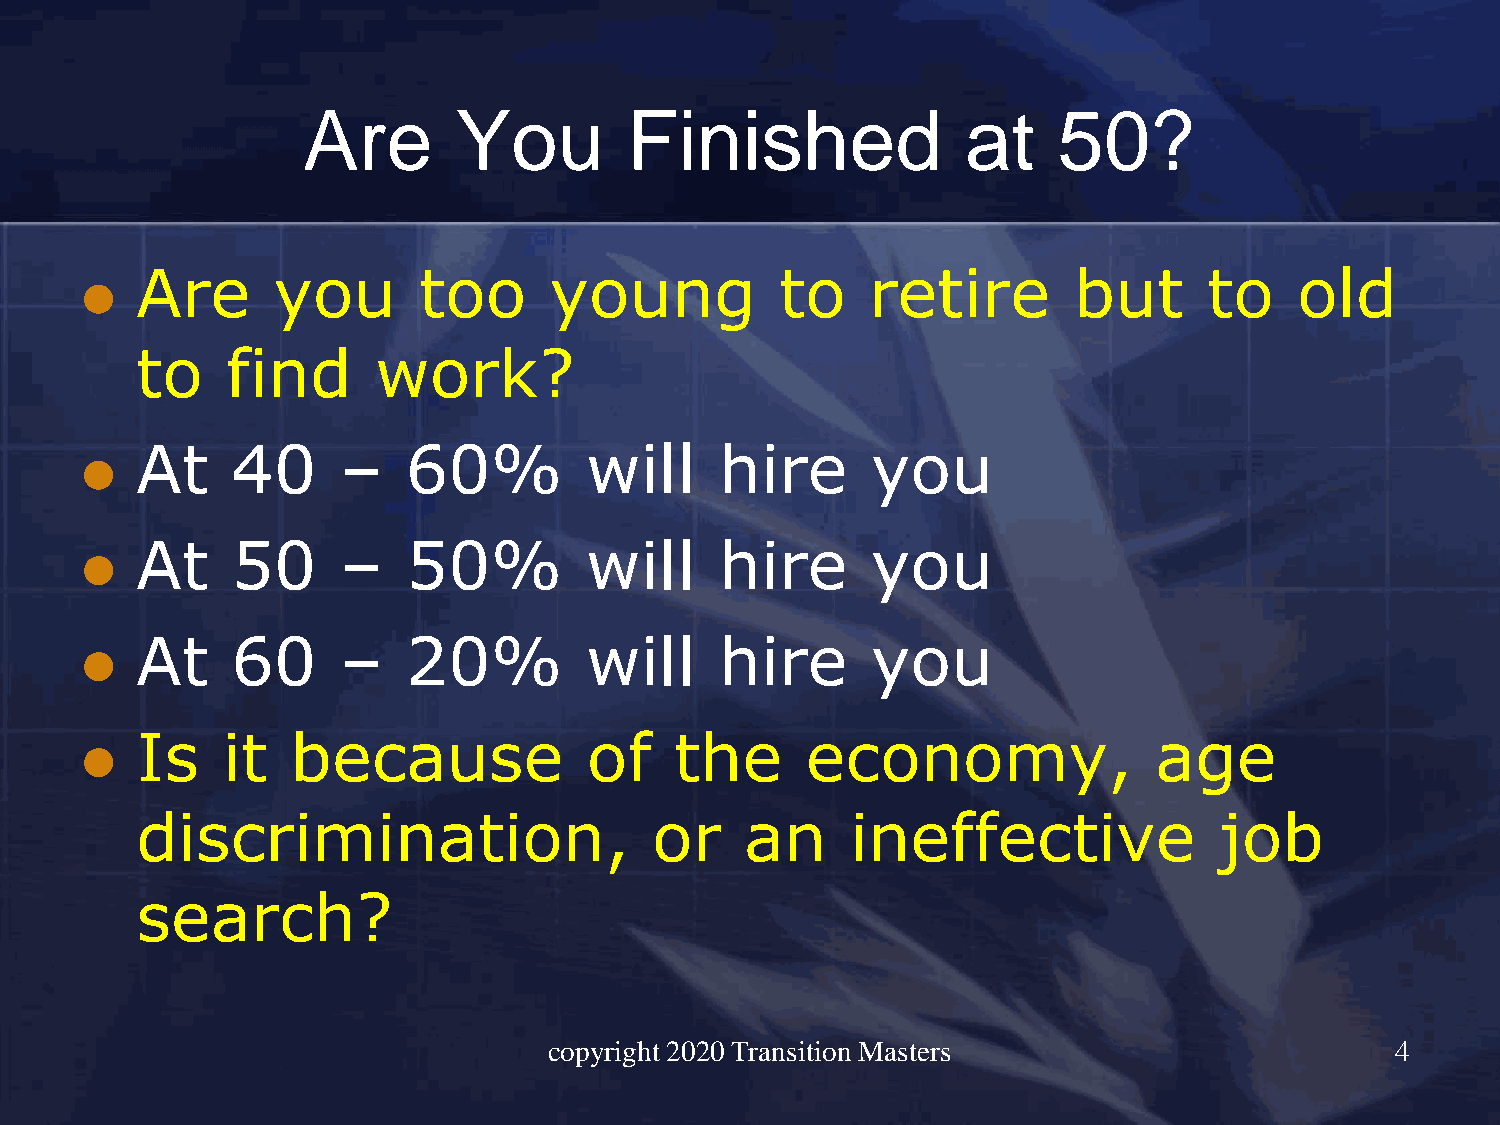
Are       You         Finished              at    50?
 Are      you       too     young           to    retire       but      to    old
 ⚫
 to    find      work?
 At    40      –   60%         will     hire      you
 ⚫
 At    50      –   50%         will     hire      you
 ⚫
 At    60      –   20%         will     hire      you
 ⚫
 Is    it  because             of    the     economy,               age
 ⚫
 discrimination,                   or    an     ineffective              job
 search?
 copyright 2020 Transition Masters                       4